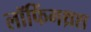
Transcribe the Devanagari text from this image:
लॉफिंगथ्रश